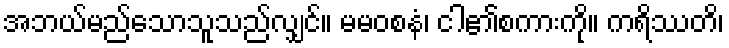
အဘယ်မည်သောသူသည်လျှင်။ မမဝစနံ၊ ငါ၏စကားကို။ ကရိဿတိ၊